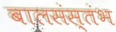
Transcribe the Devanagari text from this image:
बालसंस्तंभ